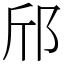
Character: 邤